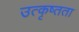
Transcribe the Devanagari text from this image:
उत्कृष्तता